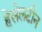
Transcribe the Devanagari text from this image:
हेसेलटीन